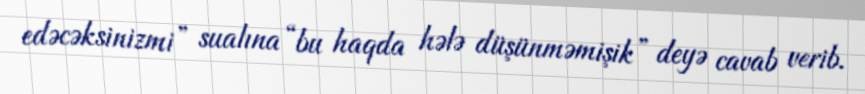
edəcəksinizmi” sualına “bu haqda hələ düşünməmişik” deyə cavab verib.